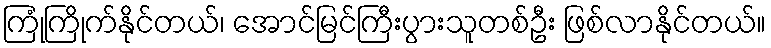
ကြုံကြိုက်နိုင်တယ်၊ အောင်မြင်ကြီးပွားသူတစ်ဦး ဖြစ်လာနိုင်တယ်။